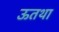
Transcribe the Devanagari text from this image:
ऊतथा